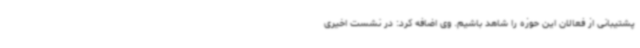
پشتیبانی از فعالان این حوزه را شاهد باشیم. وی اضافه کرد: در نشست اخیری